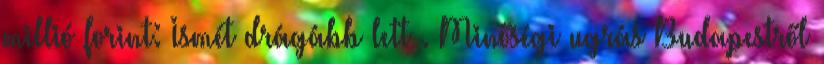
millió forint: Ismét drágább lett . Minőségi ugrás Budapestről